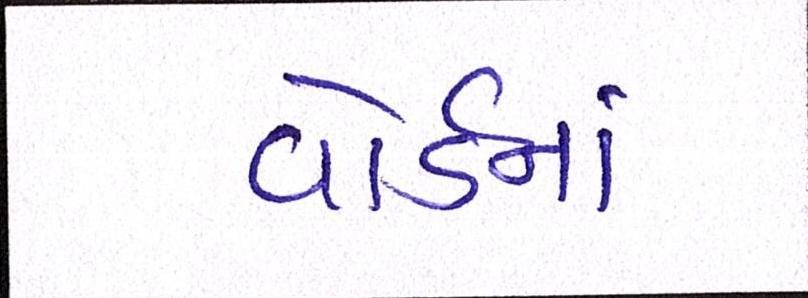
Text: વોર્ડનાં